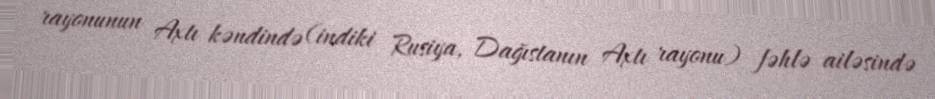
rayonunun Axtı kəndində (indiki Rusiya, Dağıstanın Axtı rayonu) fəhlə ailəsində